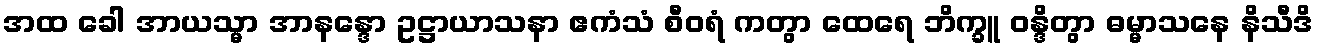
အထ ခေါ အာယသ္မာ အာနန္ဒော ဥဋ္ဌာယာသနာ ဧကံသံ စီဝရံ ကတွာ ထေရေ ဘိက္ခူ ဝန္ဒိတွာ ဓမ္မာသနေ နိသီဒိ